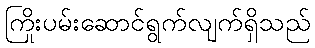
ကြိုးပမ်းဆောင်ရွက်လျက်ရှိသည်